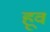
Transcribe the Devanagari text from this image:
हूव